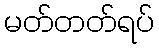
မတ်တတ်ရပ်